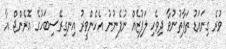
ވުރެ ގިނައަޑު ތަފާތުނުވާ ދިވެހި ލަފުޒެއް ނުފެނުނު އެހެންވީރު އިނގިރޭސިބަހުގެ އޮރެންޖް އާ